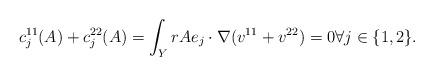
LaTeX: \begin{align*}c^{11}_j(A)+c^{22}_j(A) = \int_Y rAe_j\cdot \nabla (v^{11}+v^{22}) = 0\forall j\in \{1,2\}.\end{align*}